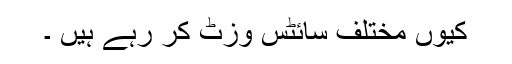
کیوں ًًمختلف سائٹس وزٹ کر رہے ہیں ۔